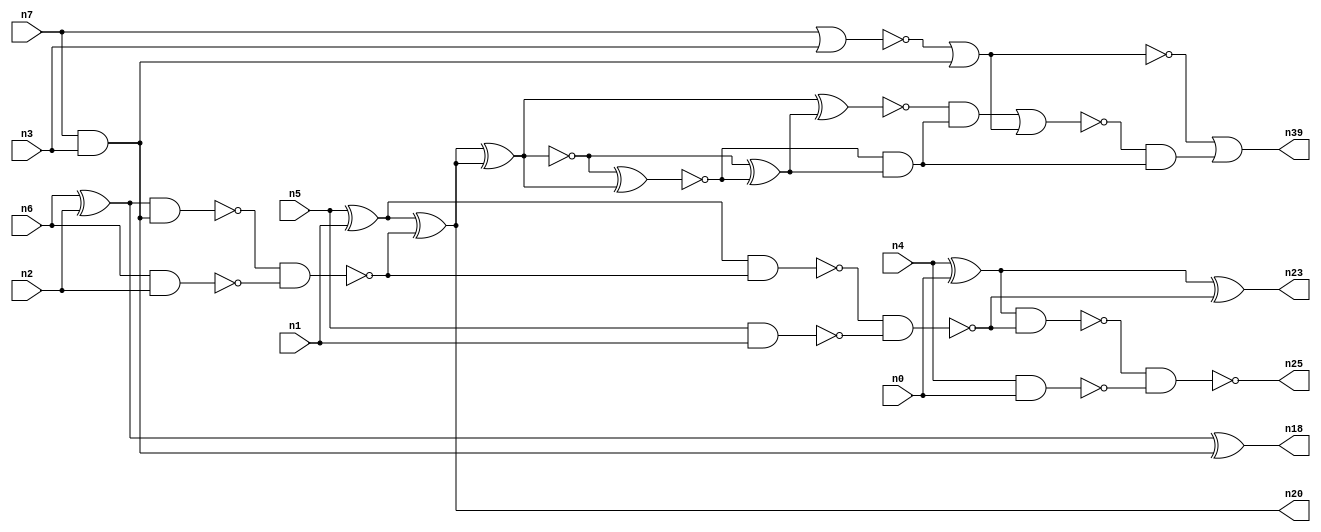
// This file contains a pareto-optimal circuit with respect to power and the fault-resilince parameter p_fault which is defined as:
// "For all input vectors, the ratio of the no. of faults observable at the POs to the no. of total possible faults in the circuit".
// This code is part of the ReCkt library (https://github.com/umar-afzaal/ReCkt) distributed under The MIT License.
// When used, please cite the following article(s):
// U. Afzaal, A.S. Hassan, M. Usman and J.A. Lee, "On the Evolutionary Synthesis of Increased Fault-resilience Arithmetic Circuits".

// p_fault = 65.9 %    (Lower is better)
// gates = 31.0
// levels = 13
// area = 43.29    (For MCNC library relative to nand2)
// power = 154.5 uW    (Berkely-SIS for MCNC library @ Vdd=5V and 20 MHz clock)
// delay = 23.5 ns    (Berkely-ABC for MCNC library)
// PDP = 3.63075e-12 J

// Pin mapping:
// {n0, n1, n2, n3} = A[3:0]
// {n4, n5, n6, n7} = B[3:0]
// {n25, n23, n20, n18, n39} = O[4:0]

module addr4u_power_19 (
n0, n1, n2, n3, n4, n5, n6, n7, 
n25, n23, n20, n18, n39
);

input n0, n1, n2, n3, n4, n5, n6, n7;
output n25, n23, n20, n18, n39;
wire n29, n13, n30, n24, n9, n14, n16, n35, n22, n8, n15, n32, n10, n31, n26, n19, n21, n36, n33, n37, 
n27, n11, n28, n12, n17, n34;

xor (n8, n4, n0);
nand (n9, n4, n0);
nand (n10, n5, n1);
nand (n11, n6, n2);
nor (n12, n7, n3);
xor (n13, n6, n2);
and (n14, n7, n3);
xor (n15, n5, n1);
nor (n16, n12, n14);
nand (n17, n13, n14);
xor (n18, n13, n14);
nand (n19, n17, n11);
xor (n20, n15, n19);
nand (n21, n15, n19);
nand (n22, n21, n10);
xor (n23, n8, n22);
nand (n24, n8, n22);
nand (n25, n24, n9);
xnor (n26, n20, n20);
xor (n27, n20, n20);
xnor (n28, n26, n27);
xor (n29, n26, n28);
nand (n30, n16, n16);
and (n31, n28, n29);
xnor (n32, n27, n29);
and (n33, n32, n31);
nor (n34, n33, n30);
or (n35, n31, n31);
and (n36, n34, n34);
and (n37, n36, n35);
or (n39, n16, n37);

endmodule